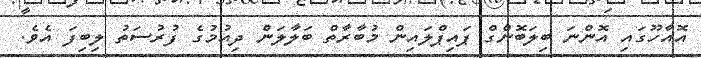
އޮއާހޫގައި އޮންނަ ބިލަބޮންގް ޕައިޕްލައިން މުބާރާތް ބަލާލަން ދިއުމުގެ ފުރުސަތު ލިބިފަ އެވެ.